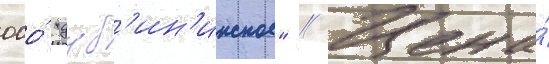
ооо́ "дуб'ин'инское" // Цена́